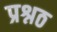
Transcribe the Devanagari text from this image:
प्रश्नठ